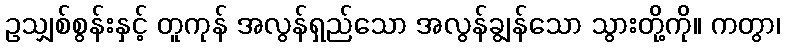
ဥသျှစ်စွန်းနှင့် တူကုန် အလွန်ရှည်သော အလွန်ချွန်သော သွားတို့ကို။ ကတွာ၊